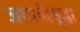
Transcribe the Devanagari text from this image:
जमातीसुद्धा